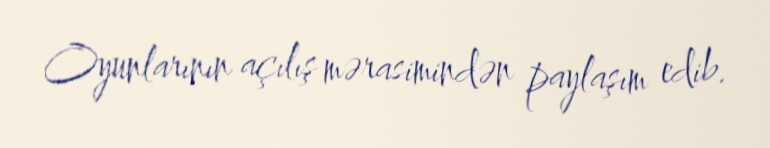
Oyunlarının açılış mərasimindən paylaşım edib.